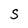
Character: s